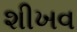
શીખવ